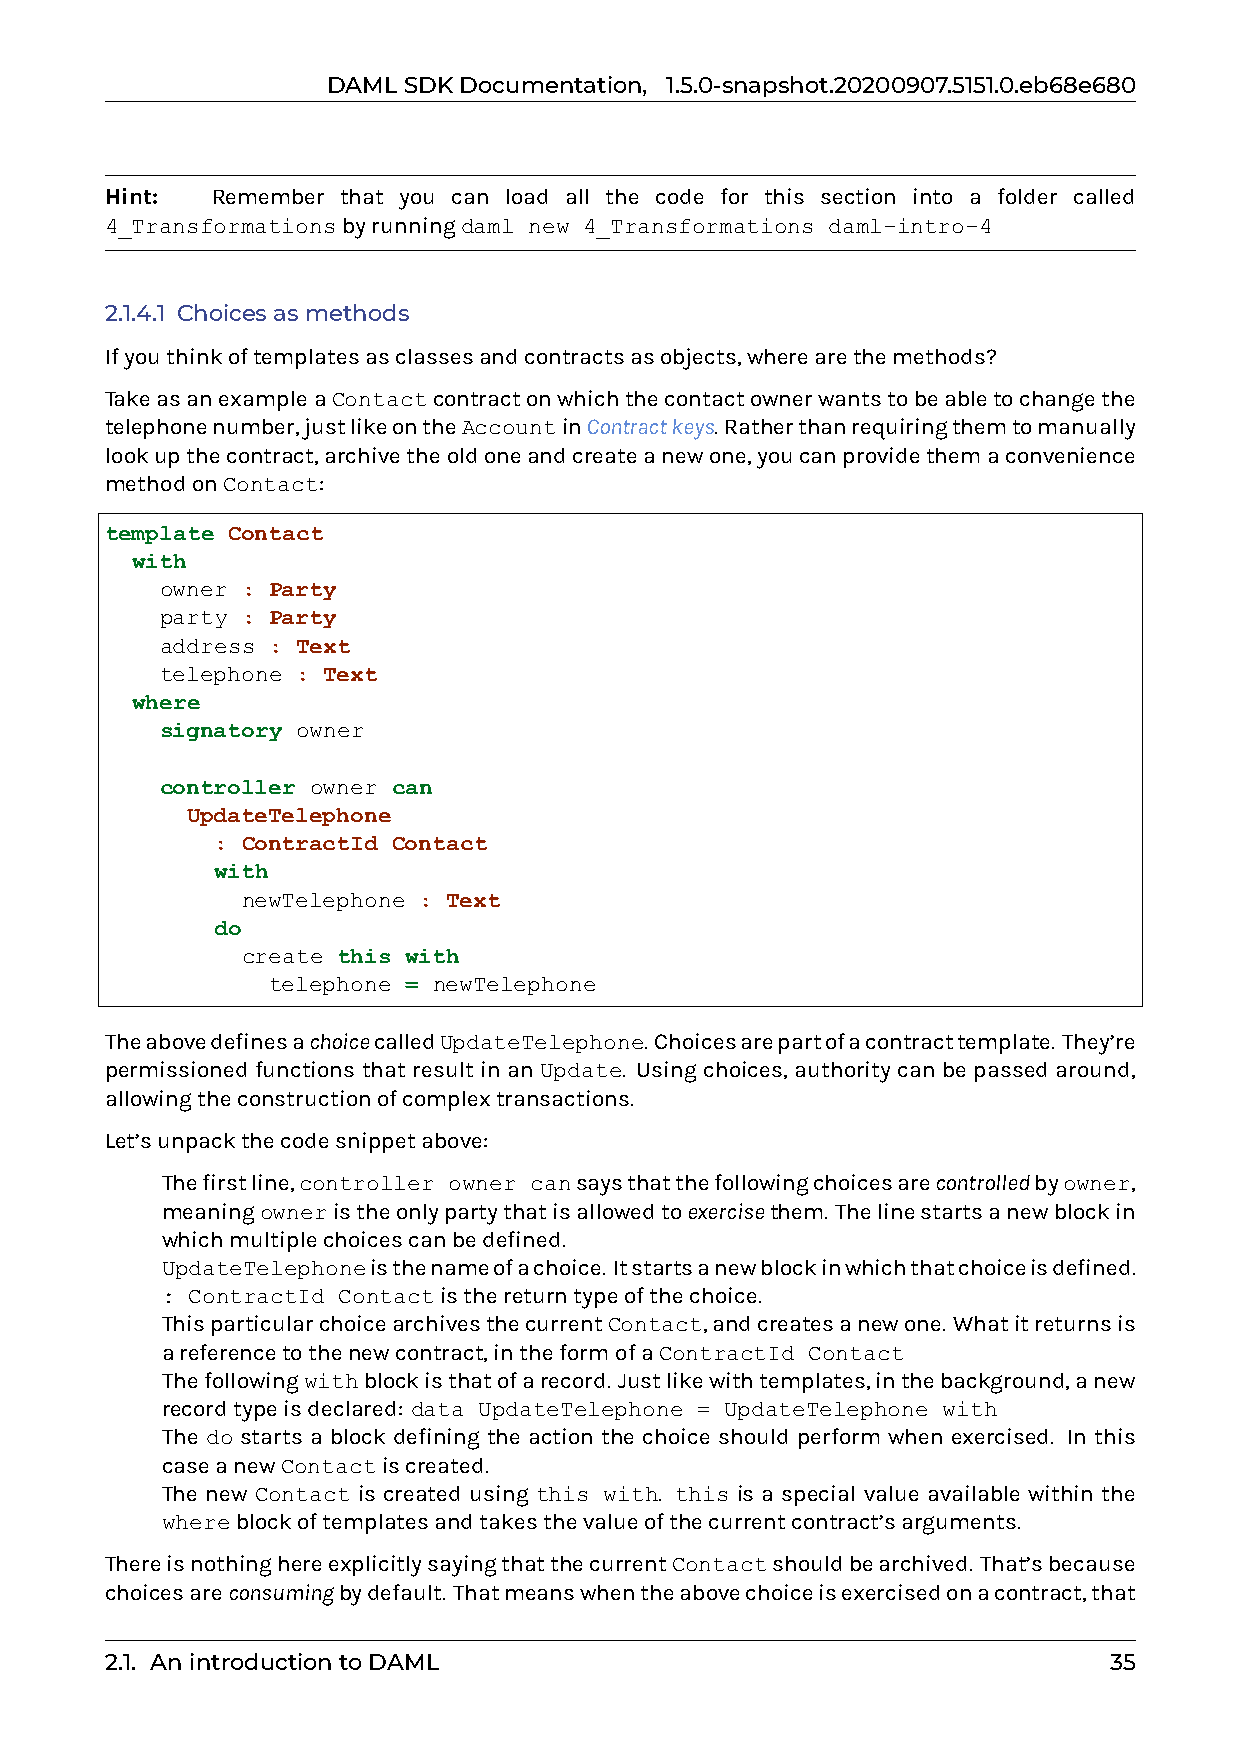
DAMLSDKDocumentation, 1.5.0-snapshot.20200907.5151.0.eb68e680
 Hint:  Remember that you can load all the code for this section into a folder called
 4_Transformationsbyrunningdaml new 4_Transformations daml-intro-4
 2.1.4.1 Choicesasmethods
 Ifyouthinkoftemplatesasclassesandcontractsasobjects,wherearethemethods?
 TakeasanexampleaContactcontractonwhichthecontactownerwantstobeabletochangethe
 telephonenumber,justlikeontheAccountinContractkeys. Ratherthanrequiringthemtomanually
 lookupthecontract,archivetheoldoneandcreateanewone,youcanprovidethemaconvenience
 methodonContact:
 template Contact
 with
 owner : Party
 party : Party
 address : Text
 telephone : Text
 where
 signatory owner
 controller owner can
 UpdateTelephone
 : ContractId Contact
 with
 newTelephone : Text
 do
 create this with
 telephone = newTelephone
 TheabovedefinesachoicecalledUpdateTelephone. Choicesarepartofacontracttemplate. They’re
 permissioned functions that result in an Update. Using choices, authority can be passed around,
 allowingtheconstructionofcomplextransactions.
 Let’sunpackthecodesnippetabove:
 0 Thefirstline,controller owner cansaysthatthefollowingchoicesarecontrolledbyowner,
 meaningowneristheonlypartythatisallowedtoexercisethem. Thelinestartsanewblockin
 whichmultiplechoicescanbedefined.
 0 UpdateTelephoneisthenameofachoice. Itstartsanewblockinwhichthatchoiceisdefined.
 0 : ContractId Contactisthereturntypeofthechoice.
 ThisparticularchoicearchivesthecurrentContact,andcreatesanewone. Whatitreturnsis
 areferencetothenewcontract,intheformofaContractId Contact
 0 Thefollowingwithblockisthatofarecord. Justlikewithtemplates,inthebackground,anew
 recordtypeisdeclared: data UpdateTelephone = UpdateTelephone with
 0 The do starts a block defining the action the choice should perform when exercised. In this
 caseanewContactiscreated.
 0 The new Contact is created using this with. this is a special value available within the
 whereblockoftemplatesandtakesthevalueofthecurrentcontract’sarguments.
 ThereisnothinghereexplicitlysayingthatthecurrentContactshouldbearchived. That’sbecause
 choicesareconsumingbydefault. Thatmeanswhentheabovechoiceisexercisedonacontract,that
 2.1. AnintroductiontoDAML                                         35